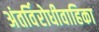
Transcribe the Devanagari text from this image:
अंतर्विरोधीवाहिका